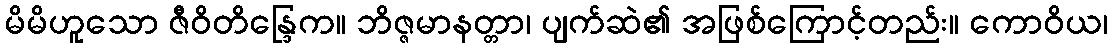
မိမိဟူသော ဇီဝိတိန္ဒြေက။ ဘိဇ္ဇမာနတ္တာ၊ ပျက်ဆဲ၏ အဖြစ်ကြောင့်တည်း။ ကောဝိယ၊